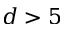
d > 5